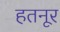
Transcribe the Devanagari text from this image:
हतनूर